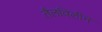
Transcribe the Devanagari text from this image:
तैलविलीन